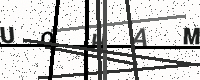
Text: UQHAM